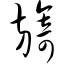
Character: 旖